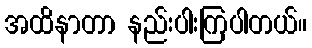
အထိနာတာ နည်းပါးကြပါတယ်။